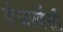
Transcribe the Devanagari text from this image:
कंजरवेंसी